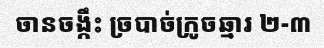
ចានចង្កឹះ ច្របាច់ក្រូចឆ្មារ ២-៣